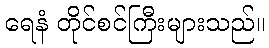
ရေနံ တိုင်စင်ကြီးများသည်။